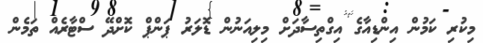
މިކުރި ކަމުުން އިންޑިއާގެ އިގްތިސާދަށް މިލިއަނުން ޑޮލަރު ޕަންޕް ކޮށްދޭ ސްޓާރެއް ތަމެން